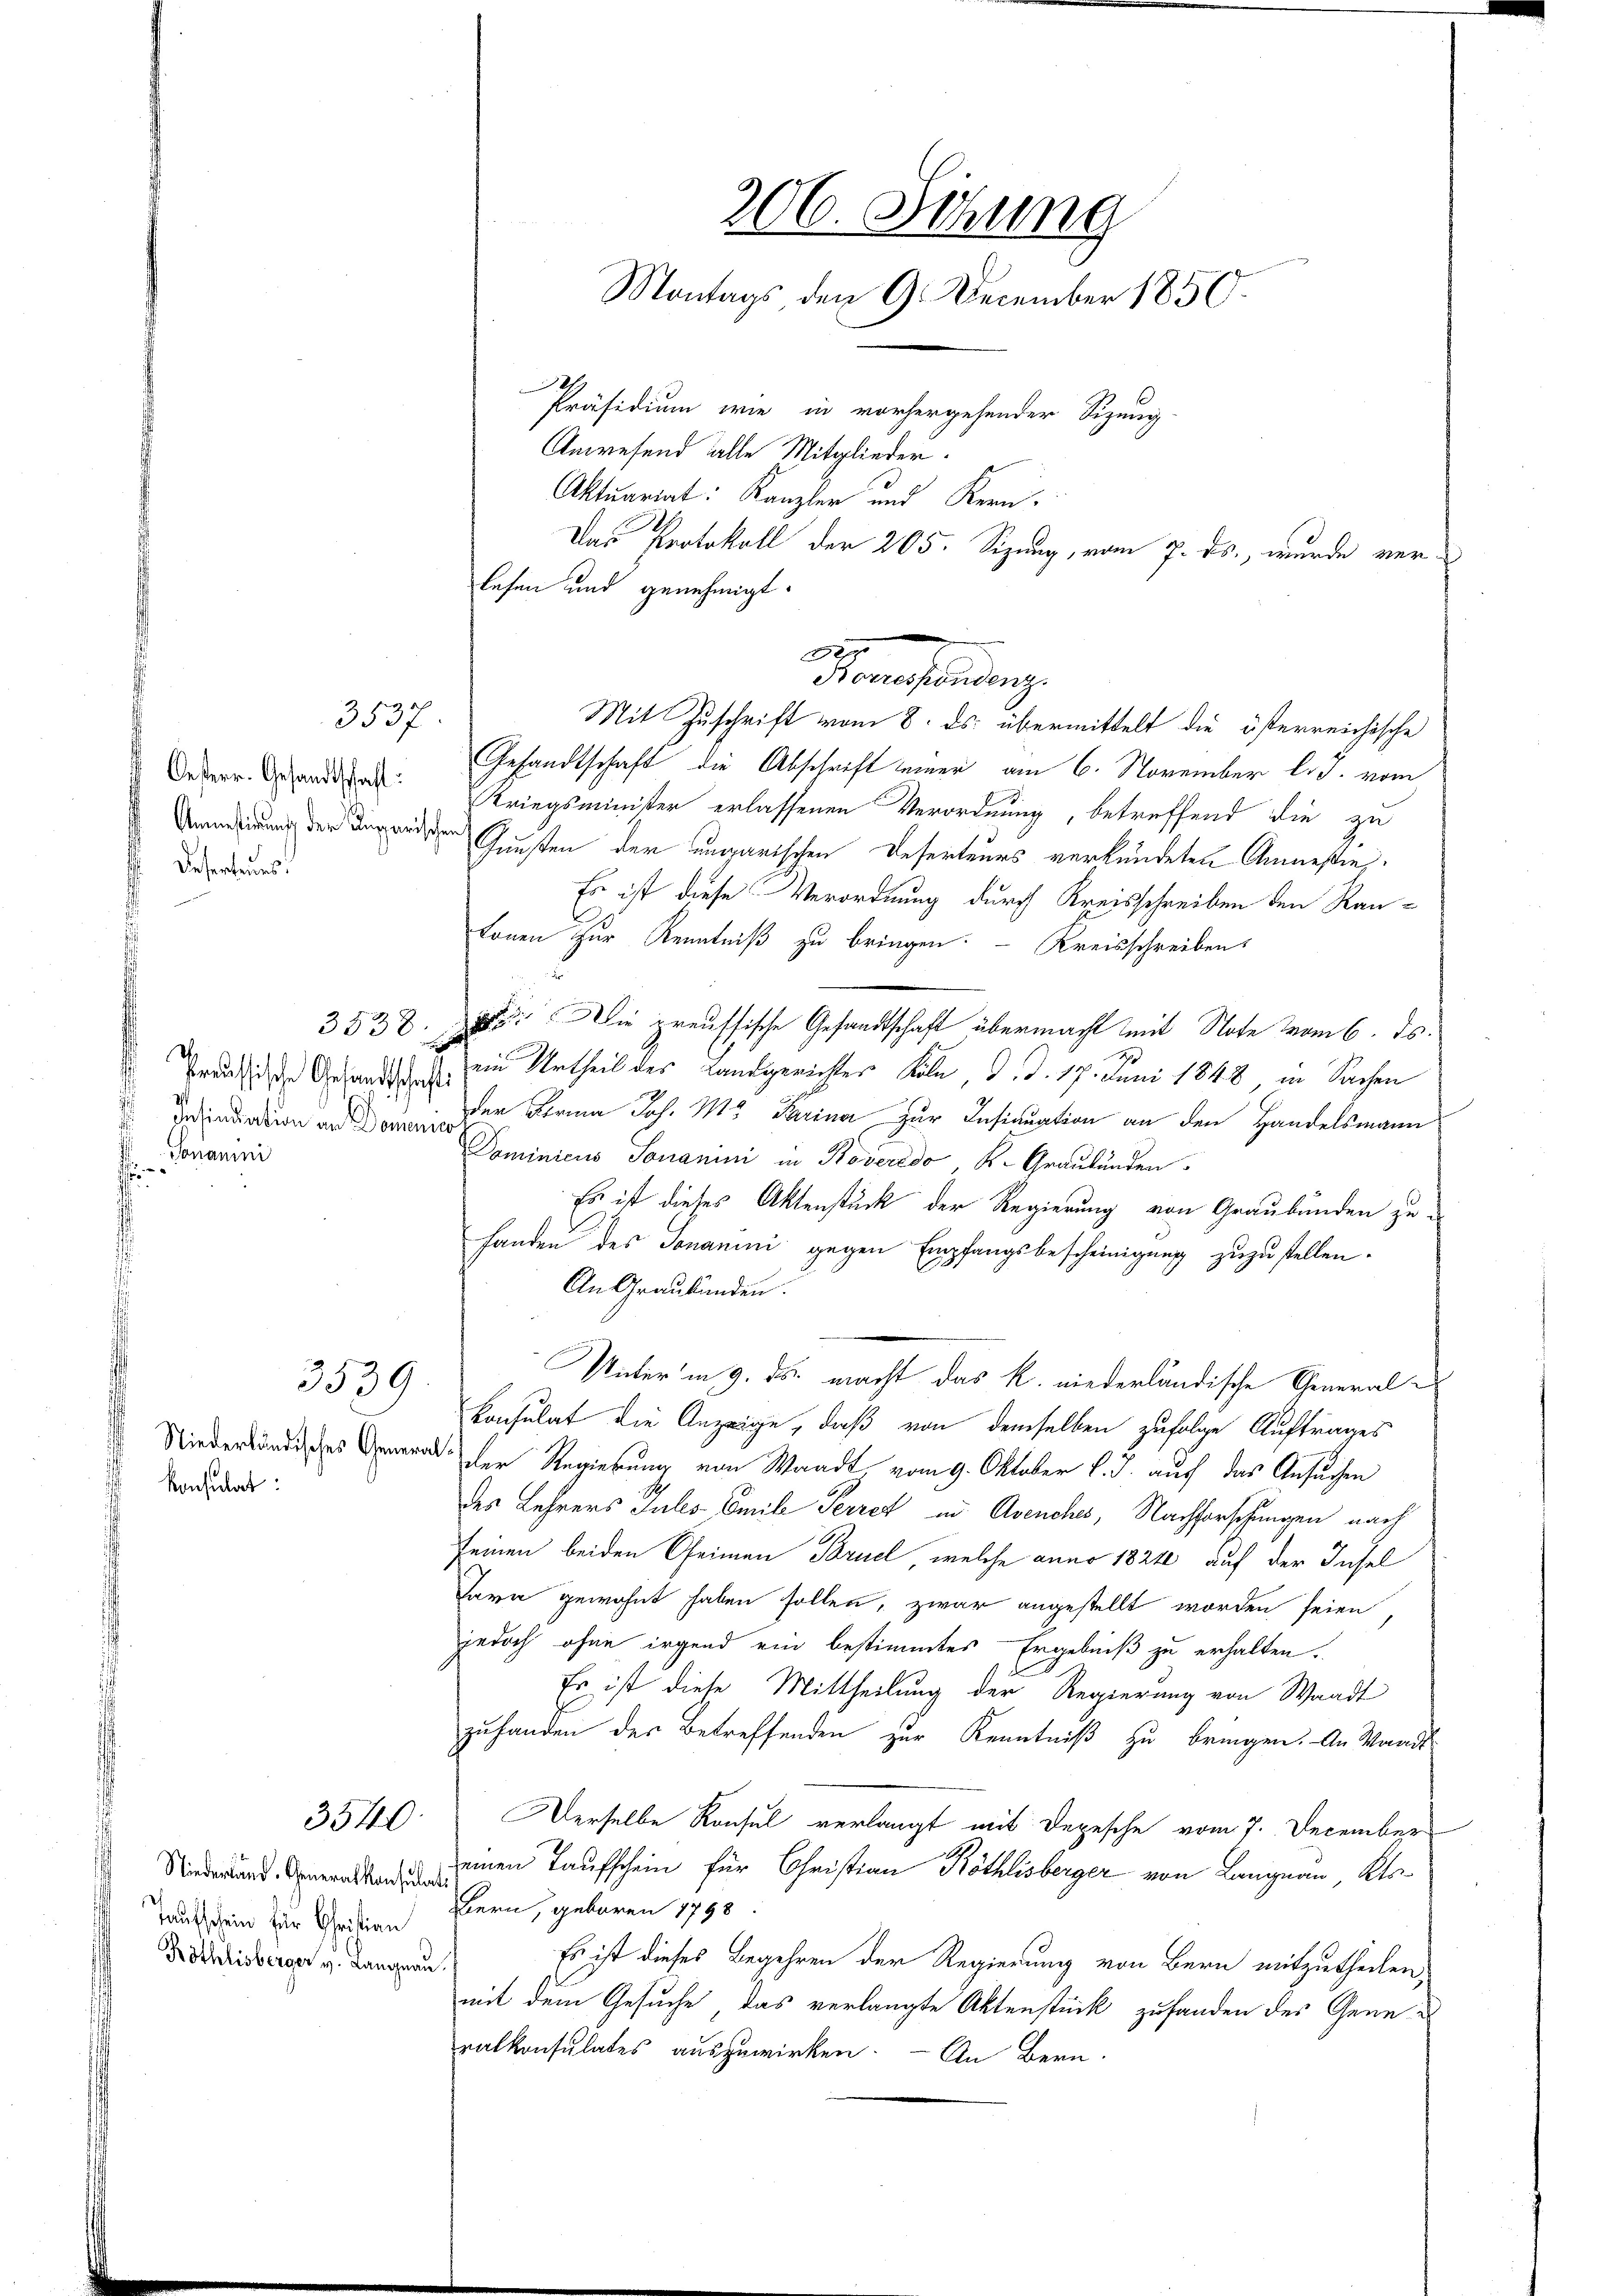
3537
Oesterr. Gesandtschaft:
Amnestirung der Kungarischen
 Deserteurs:
.

Prussische Gesandtschaft
 Genaui
s

konsulat:

3539

Taufschein für Christian
Röthlisberger v. Langnau.

206. Sehrung
Montags den 9. December 1850.
2
Präsidium wie in vorhergehender Sizung
Anwesend alle Mitglieder.
Aktuariat: Kanzler und Kern-
Das Protokoll der 205. Sizung, vom 7. ds., wurde ver¬

lesen und genehmigt.
Gesandtschaft die Abschrift seiner am 6. November l. J. vom
Kriegsminister erlassenen Verordnung, betreffend die zu
Gunsten der ungarischen Deserteurs verkündeten Anmeßen,
Es ist diese Verordnung durch Kreisschreiben den Rautonen zur Kenntniß zu bringen. - Kreisschreiben
3532. Die preussische Gesandtschaft übermacht mit Note vom 6. ds.
ein Urtheil des Landgerichtes Köln, d. d. 17. Juni 1848, in Sachen
dendiation und der Bern Joh. M. Parina zur Insinuation an den Handelsmann
Dominicus Sonamini in Koveredo, K. Graubünden
Es ist dieses Aktenstück der Regierung von Graubünden zu¬
Handen des Jonamini gegen Empfangsbescheinigung zuzustellen.
An Graubünden.
Unter in 9. ds. macht das k. niederländische General¬
Konsulat die Anzeige, daß von demselben zufolge Auftrages
 der Regierung von Waadt, vom 9. Oktober v. J. auf das Ansuchen
des Lehrers Jules Emili Perret in Avenches, Nachforschungen nach
seinen beiden Oheimen Bruch, welche anno 1824 auf der Insel
Tarn gewohnt haben sollen, zwar angestellt worden seien,
jedoch ohne irgend ein bestimmtes Ergebniß zu erhalten.
Es ist diese Mittheilung der Regierung von Waadt
zuhanden des Betreffenden zur Kenntniß zu bringen. An Wandts
3540. Derselbe Konsul verlangt mit Depesche vom 7. December
dendern einen Taufschein für Christian Röthlisberger von Langnau, Kts.
Bern, geboren 1798
Es ist dieses Begehren der Regierung von Bern mitzutheilen,
mit dem Gesuche das verlangte Aktenstück zufanden des Generalkonsulates auszuwirken. - An Bern.

Prentirung
Mit Zuschrift vom 8. ds. übermittelt die österreichische